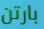
بارتن